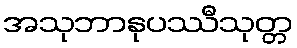
အသုဘာနုပဿီသုတ္တ